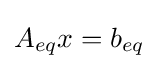
A_{eq}x=b_{eq}